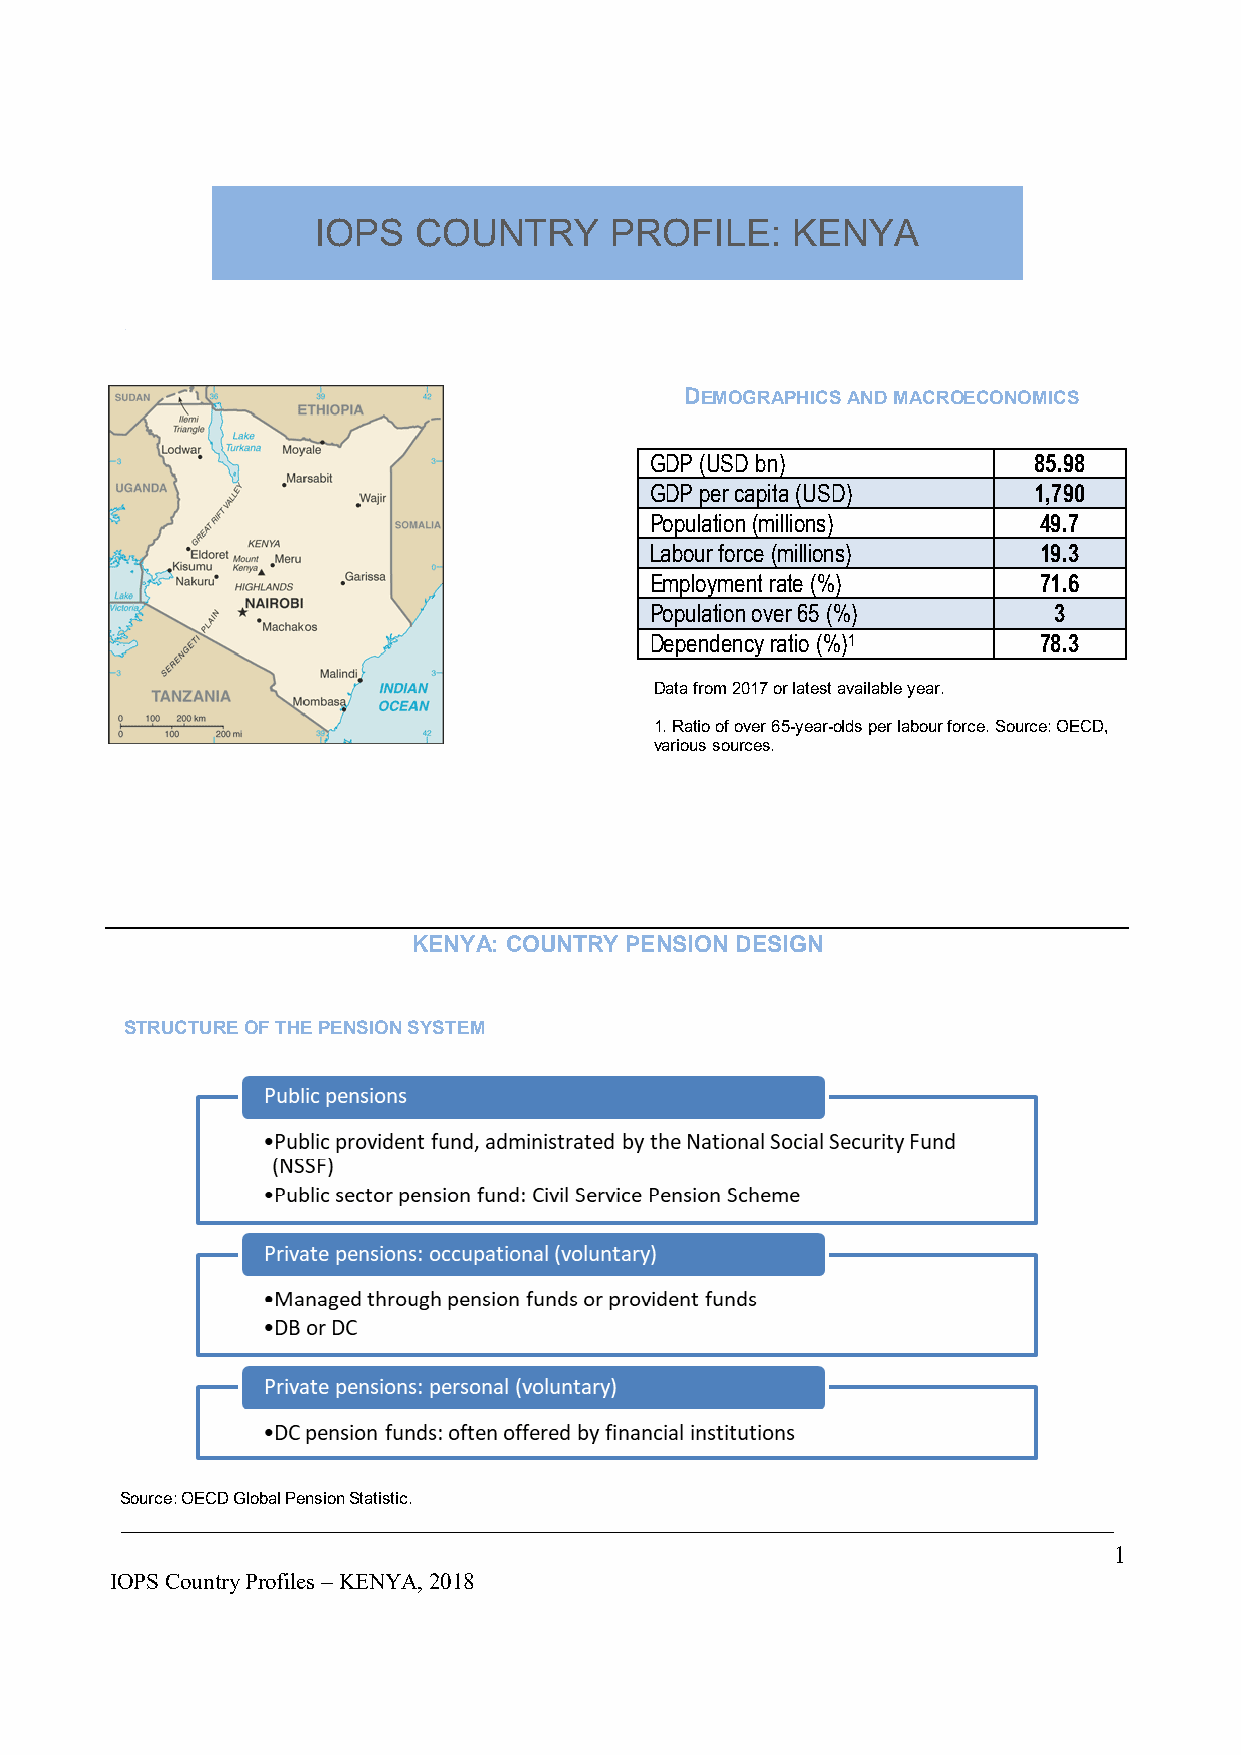
IOPS  COUNTRY      PROFILE:    KENYA
 DEMOGRAPHICS AND MACROECONOMICS
 GDP (USD bn)             85.98
 GDP per capita (USD)     1,790
 Population (millions)     49.7
 Labour force (millions)   19.3
 Employment rate (%)       71.6
 Population over 65 (%)     3
 Dependency ratio (%)1     78.3
 Data from 2017 or latest available year.
 1. Ratio of over 65-year-olds per labour force. Source: OECD,
 various sources.
 KENYA: COUNTRY PENSION DESIGN
 STRUCTURE OF THE PENSION SYSTEM
 Source: OECD Global Pension Statistic.
 1
 IOPS Country Profiles – KENYA, 2018